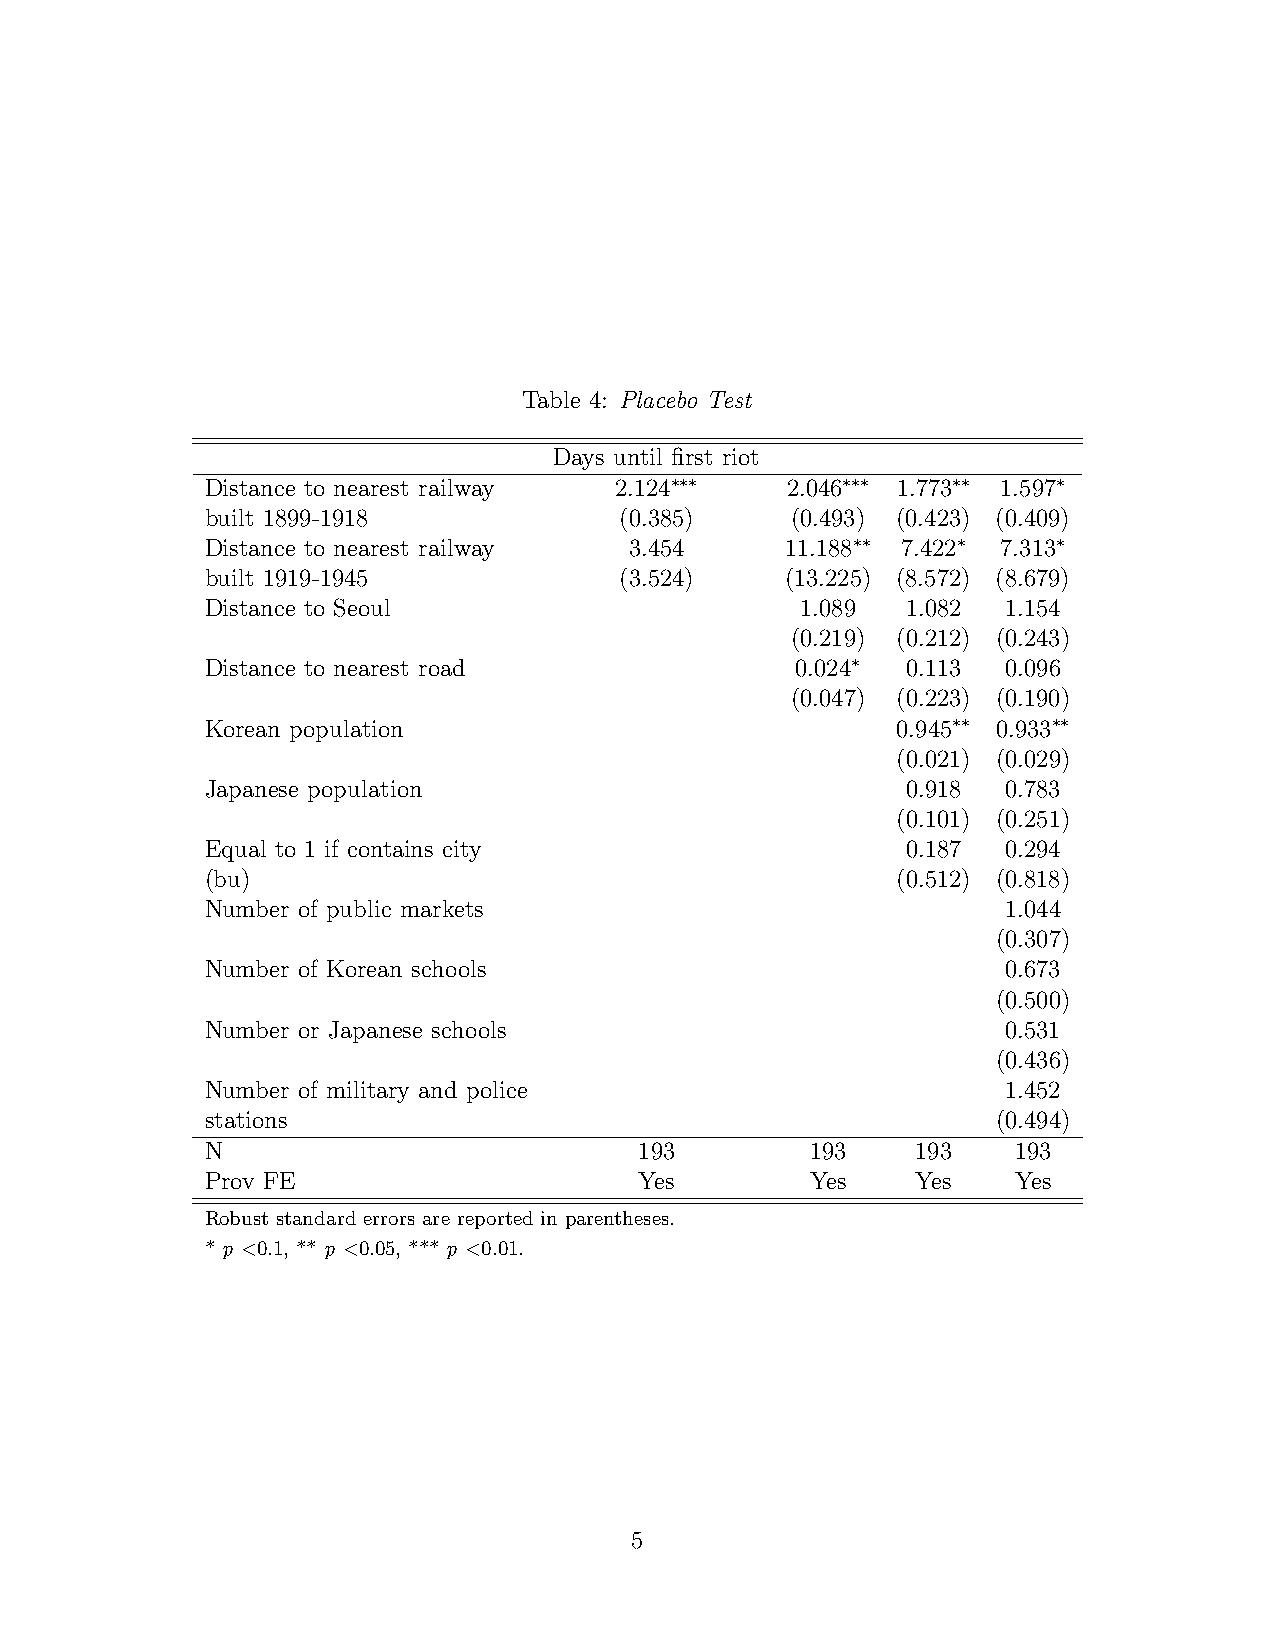
Table 4: Placebo Test
 Days until first riot
 Distance to nearest railway 2.124∗∗∗  2.046∗∗∗ 1.773∗∗ 1.597∗
 built 1899-1918            (0.385)    (0.493) (0.423) (0.409)
 Distance to nearest railway 3.454     11.188∗∗ 7.422∗ 7.313∗
 built 1919-1945            (3.524)    (13.225) (8.572) (8.679)
 Distance to Seoul                      1.089  1.082  1.154
 (0.219) (0.212) (0.243)
 Distance to nearest road               0.024∗ 0.113  0.096
 (0.047) (0.223) (0.190)
 Korean population                            0.945∗∗ 0.933∗∗
 (0.021) (0.029)
 Japanese population                           0.918  0.783
 (0.101) (0.251)
 Equal to 1 if contains city                   0.187  0.294
 (bu)                                         (0.512) (0.818)
 Number of public markets                             1.044
 (0.307)
 Number of Korean schools                             0.673
 (0.500)
 Number or Japanese schools                           0.531
 (0.436)
 Number of military and police                        1.452
 stations                                            (0.494)
 N                           193         193    193   193
 Prov FE                     Yes         Yes    Yes   Yes
 Robust standard errors are reported in parentheses.
 * p <0.1, ** p <0.05, *** p <0.01.
 5